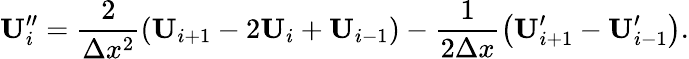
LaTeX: \mathbf{U}_{i}^{\prime\prime}=\frac{2}{\Delta x^{2}}\left(\mathbf{U}_{i+1}-2\mathbf{U}_{i}+\mathbf{U}_{i-1}\right)-\frac{1}{2\Delta x}\left(\mathbf{U}_{i+1}^{\prime}-\mathbf{U}_{i-1}^{\prime}\right).